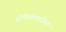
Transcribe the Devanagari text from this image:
सोशियोलाजिस्ट